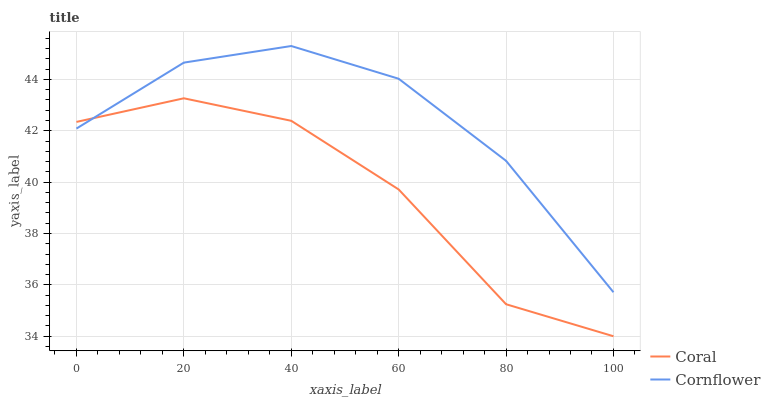
| xaxis_label | Coral | Cornflower |
 | --- | --- | --- |
 | 0 | 42.3 | 42.1 |
 | 20 | 43.3 | 44.7 |
 | 40 | 42.4 | 45.3 |
 | 60 | 39.7 | 44 |
 | 80 | 35.2 | 40.8 |
 | 100 | 34 | 35.7 |